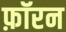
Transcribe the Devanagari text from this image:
फ़ॉरन